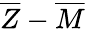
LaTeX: {\overline{{Z}}}-{\overline{{M}}}